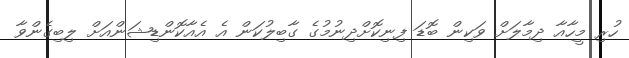
ހުރި މީހާއާ ދިމާލަށް ވަކިން ބޮޑަ ފިނިކޮށްދިނުމުގެ ގާބިލުކަން އެ އެއާކޮންޑިޝަންއަށް ލިބިގެންވާ